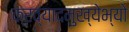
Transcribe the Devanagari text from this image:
क्रव्यादमुख्येभ्यो